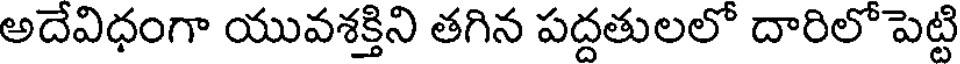
అదేవిధంగా యువశక్తిని తగిన పద్దతులలో దారిలో పెట్టి